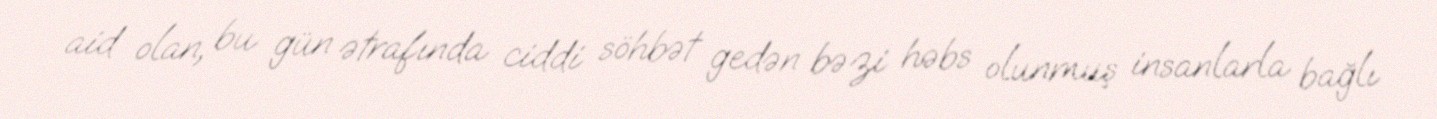
aid olan, bu gün ətrafında ciddi söhbət gedən bəzi həbs olunmuş insanlarla bağlı